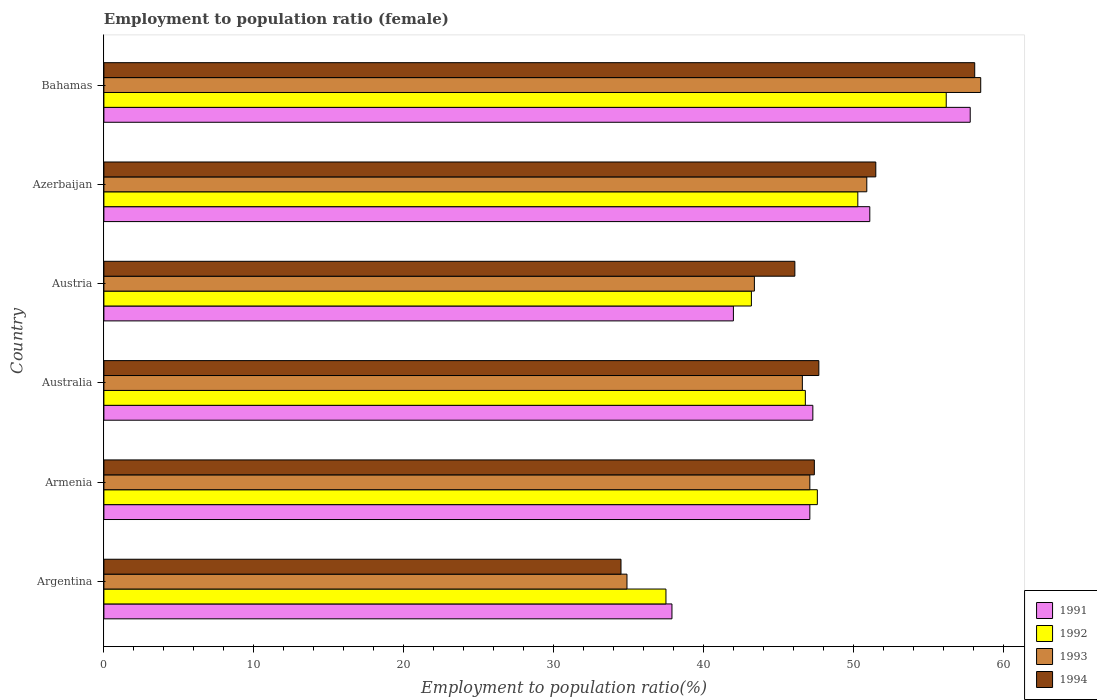
| Country | 1991 | 1992 | 1993 | 1994 |
 | --- | --- | --- | --- | --- |
 | Argentina | 37.9 | 37.5 | 34.9 | 34.5 |
 | Armenia | 47.1 | 47.6 | 47.1 | 47.4 |
 | Australia | 47.3 | 46.8 | 46.6 | 47.7 |
 | Austria | 42 | 43.2 | 43.4 | 46.1 |
 | Azerbaijan | 51.1 | 50.3 | 50.9 | 51.5 |
 | Bahamas | 57.8 | 56.2 | 58.5 | 58.1 |